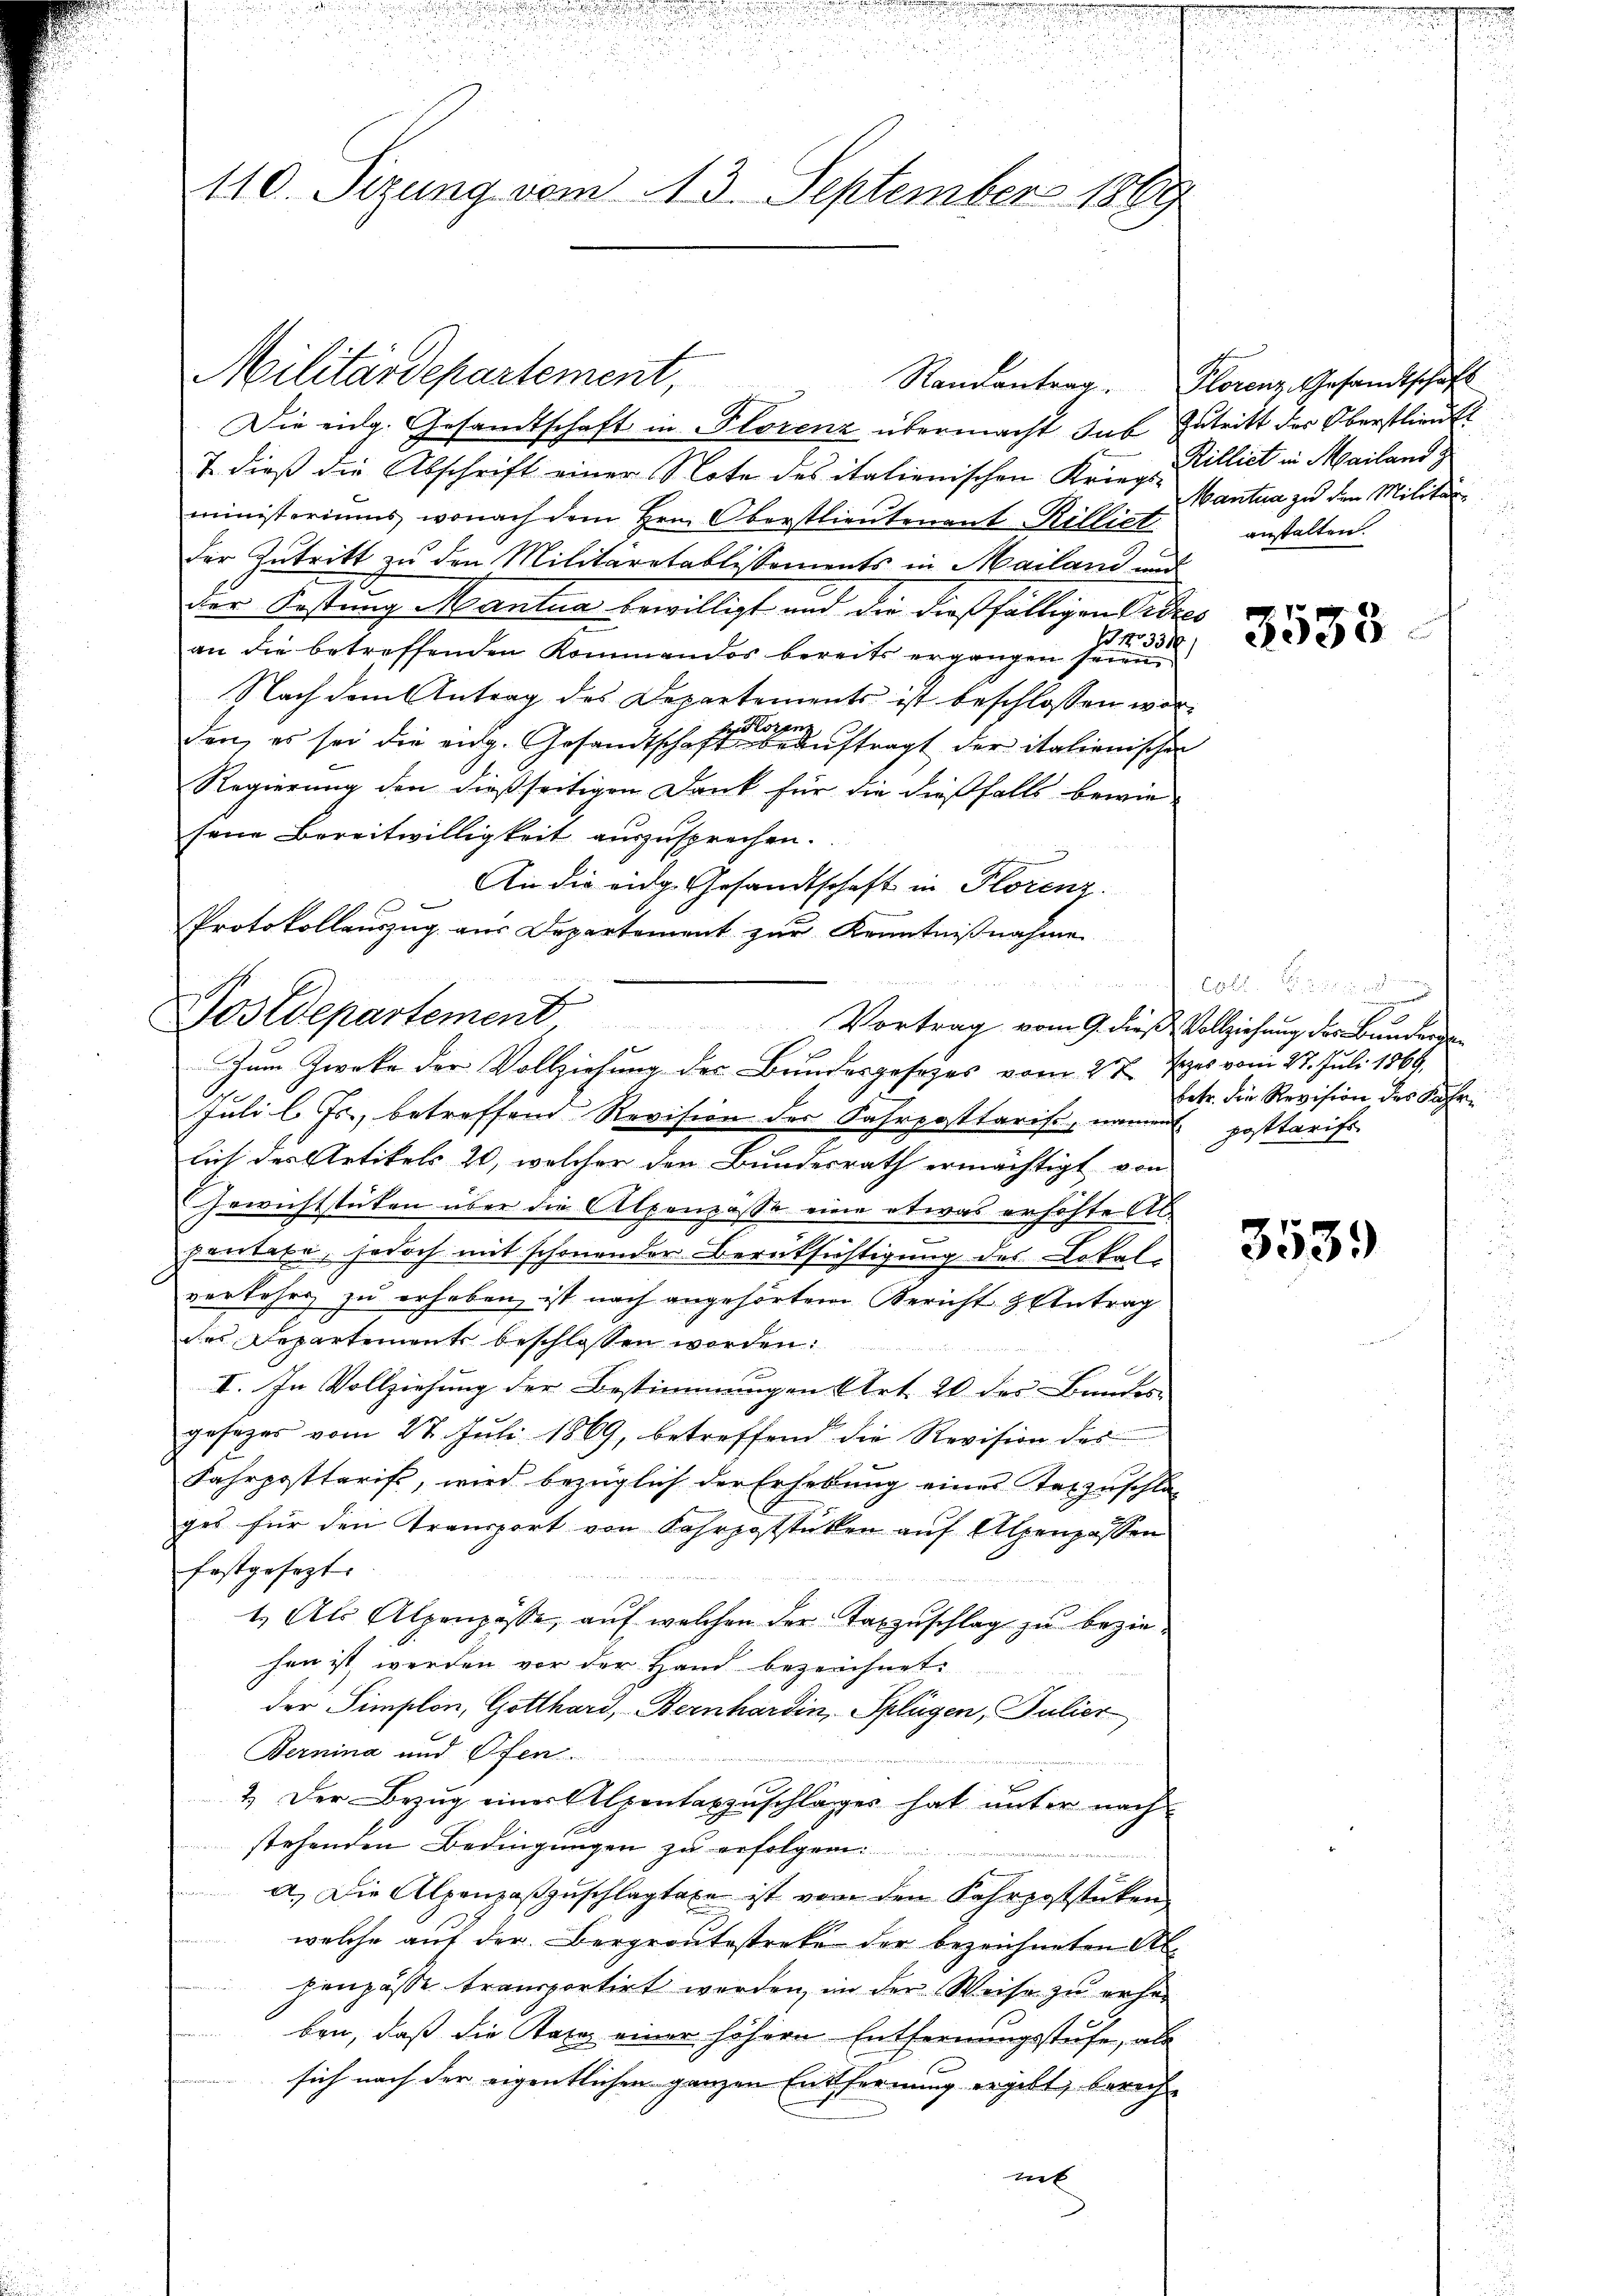
110. Sizung vom 13. September 1869

Militärdepartement,
Die eidg. Gesandtschaft in Florenz übermacht sub Zutritt des Oberstlieut
T. dieß die Abschrift einer Note des italienischen Krieg. Billiet in Mailand z
ministeriums, wonach dem Hrn. Oberstlieutenant Rilliet
der Zutritt zu den Militaretablissements in Mailand und
der Festung Mantua bewilligt und der dießfälligen Pitzes
.
No 331
an die betreffenden Kommandos bereits ergangen seien
Nach dem Antrag des Departements ist beschlossen worden, es sei die eidg. Gesandtschaften ftragt der italienischen
Regierung den dießseitigen Dank für die dießfalls bewie-
sene Bereitwilligkeit auszusprechen.
An die eidg. Gesandtschaft in Florenz
Protokollauszug aus Departement zur Kenntnißnahme

Postdepartement Vortrag vom 9. dieß Vollziehung der Bunders
ge
Zum Zwecke der Vollziehung des Bundesgesetzes vom 27. Jezes vom 23. Juli 1868.

Juli l. Js., betreffend Revision der Fahrposttaris, nament posttarifs
lich der Artikels 20, welcher den Bundesrath ermächtigt von
Gewichtstuten über die Alpenpässe eine etwas erhöhte Ab
pontexe, jedoch mit schonender Berücksichtigung des Lokal-
verkehrs zu erheben, ist nach angehörtem Bericht & Antrag
des Departements beschlossen worden:
II. In Vollziehung der Bestimmungen Art. 20 des Bundes-
gesezes vom 28. Juli 1869, betreffend die Revision des
Fahrposttarift, wird bezüglich der Erhebung eines Taxzuschla-
ges für den Transport von Fahrpoststüken aŭf Alpenpassen
festgesezt.
1. Als Alpenpässe, auf welchen der Tanzuschlag zu beziehen ist werden vor der Hand bezeichnet.
der Simplon, Gotthard, Bernhardin, Splügen, Pulier
Bernina und Ofen
2.) Der Bezug einer Alpentabzuschlages hat unter nach
stehenden Bedingungen zu erfolgen.
a.) Die Alpenpaßzuschlagtaxe ist von den Fahrpoststücken
welche auf der Bergroutestreke der bezeichneten Abpenpässe transportirt werden, in der Weise zu gehe

ben, daß die Taxe einer höhern Entfernungsstufe, als
sich nach der eigentlichen ganzen Entfernung ergibt, berechnet

Randantrag. Plorenz. Gesandtschaft
Mantua zu den Militär
anstalten.

3533

vrieren
E
betr. die Revision des Fahr¬

3539